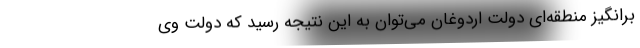
برانگیز منطقه­ای دولت اردوغان می­توان به این نتیجه رسید که دولت وی